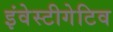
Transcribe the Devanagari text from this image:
इंवेस्टीगेटिव